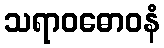
သရာဝဓောဝနံ